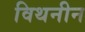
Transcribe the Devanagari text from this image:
विथनीन